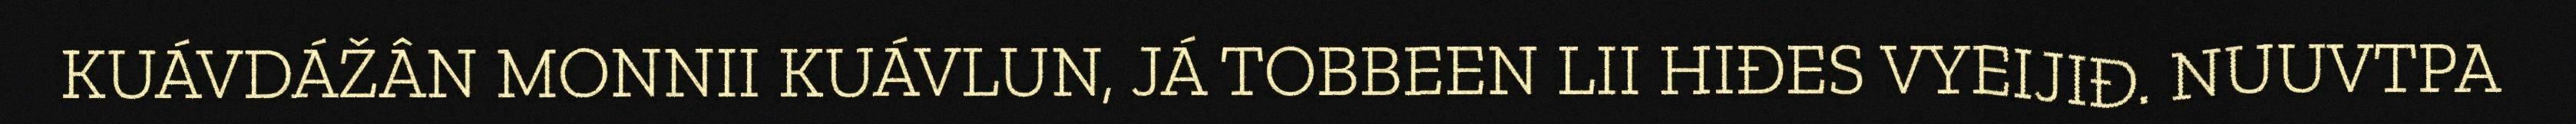
KUÁVDÁŽÂN MONNII KUÁVLUN, JÁ TOBBEEN LII HIĐES VYEIJIĐ. NUUVTPA